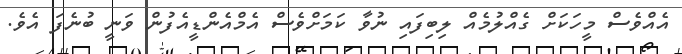
އެއްވެސް މީހަކަށް ގެއްލުމެއް ލިބިފައި ނުވާ ކަމަށްވެސް އެމްއެންޑީއެފުން ވަނީ ބުނެފަ އެވެ.